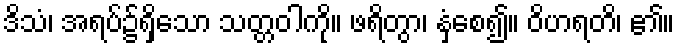
ဒိသံ၊ အရပ်၌ရှိသော သတ္တဝါကို။ ဖရိတွာ၊ နှံ့စေ၍။ ဝိဟရတိ၊ ၏။